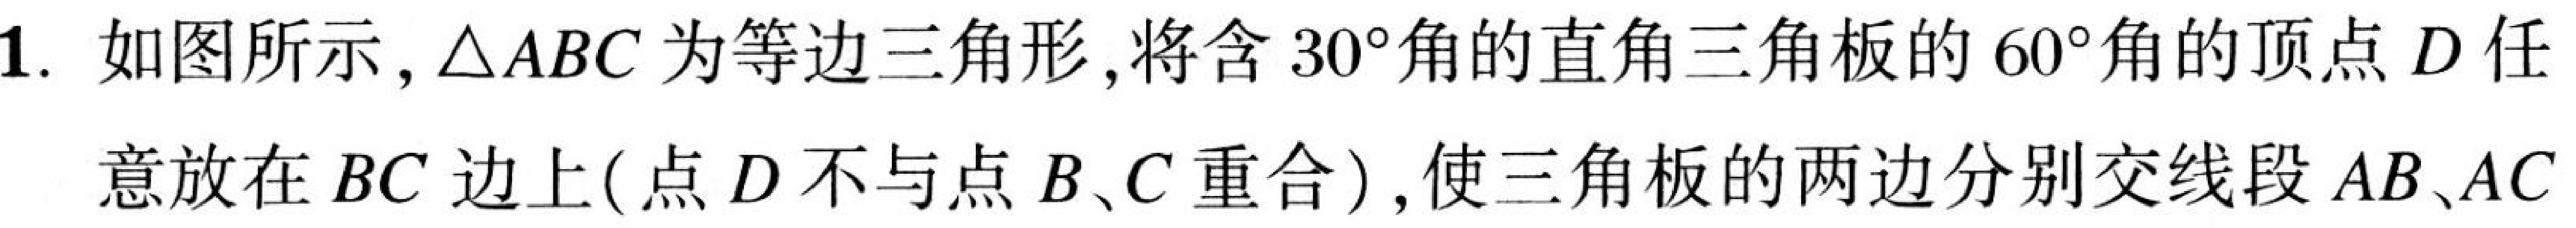
1. 如图所示，$\triangle ABC$为等边三角形，将含$30^{\circ}$角的直角三角板的$60^{\circ}$角的顶点$D$任
意放在$BC$边上( 点$D$不与点$B、C$重合 )，使三角板的两边分别交线段$AB、AC$